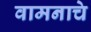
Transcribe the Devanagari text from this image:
वामनाचे